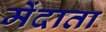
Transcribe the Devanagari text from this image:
मेंदाता